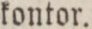
kontor.